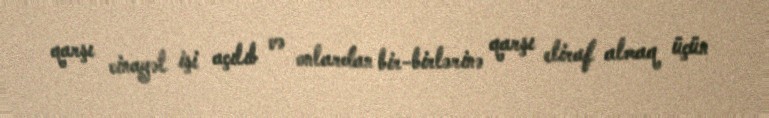
qarşı cinayət işi açılıb və onlardan bir-birlərinə qarşı etiraf almaq üçün